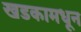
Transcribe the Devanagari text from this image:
खडकामधून